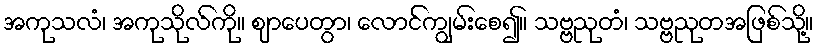
အကုသလံ၊ အကုသိုလ်ကို။ ဈာပေတွာ၊ လောင်ကျွမ်းစေ၍။ သဗ္ဗညုတံ၊ သဗ္ဗညုတအဖြစ်သို့။